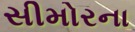
સીમોરના